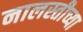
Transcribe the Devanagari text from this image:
नालस्तीच्या